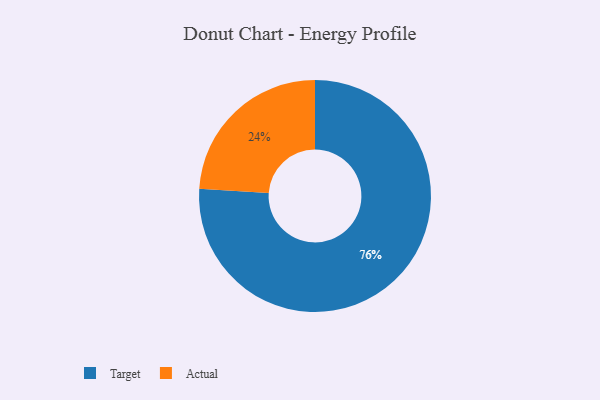
{"axis": {"x": "Category", "y": "Percentage"}, "legend": ["Actual", "Target"], "data": [{"x": "Actual", "y": 24, "type": "Actual"}, {"x": "Target", "y": 76, "type": "Target"}]}